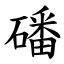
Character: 磻